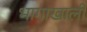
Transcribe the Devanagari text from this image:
भागाखाली